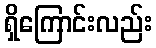
ရှိကြောင်းလည်း